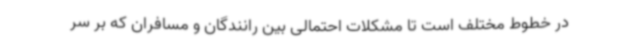
در خطوط مختلف است تا مشکلات احتمالی بین رانندگان و مسافران که بر سر